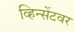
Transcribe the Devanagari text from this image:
व्हिन्सेंटवर